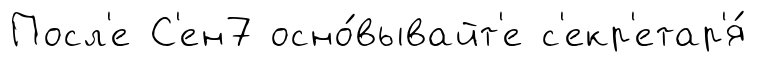
Посл'е С'ен7 осно́вывайт'е с'екр'етар'я́